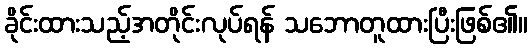
ခိုင်းထားသည့်အတိုင်းလုပ်ရန် သဘောတူထားပြီးဖြစ်၏။